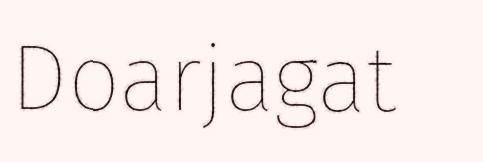
Doarjagat